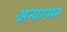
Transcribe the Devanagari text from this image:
अन्यगमन